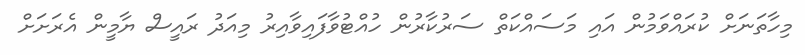
މިހާތަނަށް ކުރައްވަމުން އައި މަސައްކަތް ސަރުކާރުން ހުއްޓުވާފައިވާއިރު މިއަދު ރައީސް ޔާމީން އެރަށަށް